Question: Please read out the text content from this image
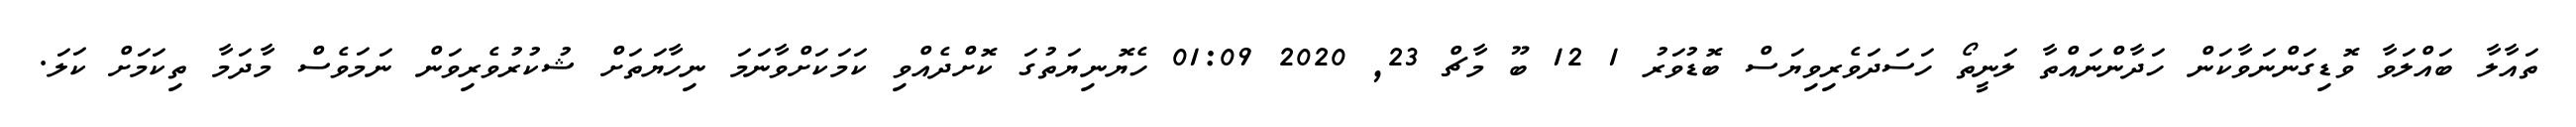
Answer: ތައާލާ ބައްލަވާ ވޮޑިގަންނަވާކަން ހަދާންނައްތާ ލަނީތޯ ހަސަދަވެރިވިޔަސް ބޮޑުވަރު 1 12 ބޫ މާޗް 23, 2020 01:09 ހެޔޮނިޔަތުގަ ކޮށްދެއްވި ކަމަކަށްވާނަމަ ނިހާޔަތަށް ޝުކުރުވެރިވަން ނަމަވެސް މާދަމާ ތިކަމަށް ކަލަ.